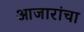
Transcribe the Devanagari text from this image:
आजारांचा